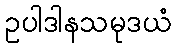
ဥပါဒါနသမုဒယံ